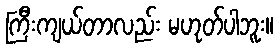
ကြီးကျယ်တာလည်း မဟုတ်ပါဘူး။